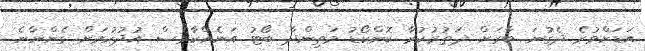
އަޑަށްވުރެ ދެގުނަ ބާރަށް ދަތުރުކުރާ ކޮންކޯޑު މަތިންދާ ބޯޓު އަނެއްކާވެސް އުދުހުމަށް ގެންނާނެ